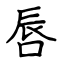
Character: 唇